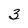
Character: 3